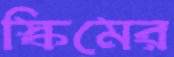
স্কিমের